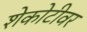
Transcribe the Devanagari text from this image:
शेकोटीवर